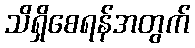
သိရှိစေရန်အတွက်